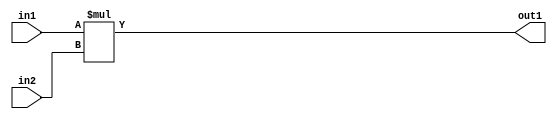
`timescale 1ps / 1ps
/*****************************************************************************
    Verilog RTL Description
    
    
    Created by: Stratus DpOpt 2019.1.01 
*******************************************************************************/

module ImageGradient_Mul_8Ux8U_8U_1 (
	in2,
	in1,
	out1
	); /* architecture "behavioural" */ 
input [7:0] in2,
	in1;
output [7:0] out1;
wire [7:0] asc001;

assign asc001 = 
	+(in1 * in2);

assign out1 = asc001;
endmodule

/* CADENCE  urj4Sg4= : u9/ySgnWtBlWxVPRXgAZ4Og= ** DO NOT EDIT THIS LINE ******/